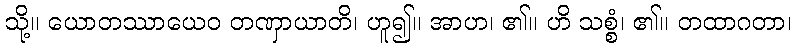
သို့။ ယောတဿာယေဝ တဏှာယာတိ၊ ဟူ၍။ အာဟ၊ ၏။ ဟိ သစ္စံ၊ ၏။ တထာဂတာ၊